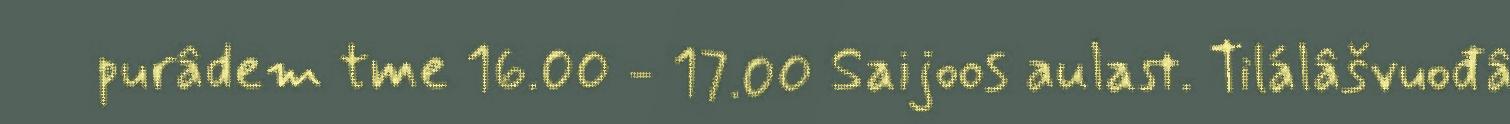
purâdem tme 16.00 - 17.00 Saijoos aulast. Tilálâšvuođâ